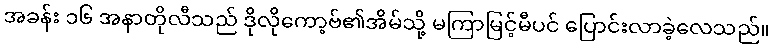
အခန်း ၁၆ အနာတိုလီသည် ဒိုလိုကော့ဗ်၏အိမ်သို့ မကြာမြင့်မီပင် ပြောင်းလာခဲ့လေသည်။